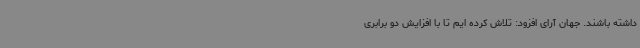
داشته باشند. جهان آرای افزود: تلاش کرده ایم تا با افزایش دو برابری